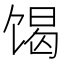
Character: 𮩝